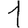
Digit: 1